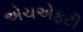
એચએફટી